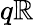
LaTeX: q\mathbb{R}